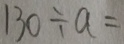
1 3 0 \div a =